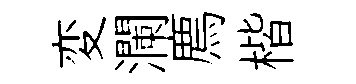
変瀾廌楷